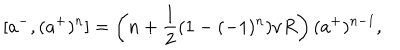
[ a ^ { - } , ( a ^ { + } ) ^ { n } ] = \left( n + \frac { 1 } { 2 } ( 1 - ( - 1 ) ^ { n } ) \nu R \right) ( a ^ { + } ) ^ { n - 1 } ,